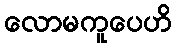
လောမကူပေဟိ